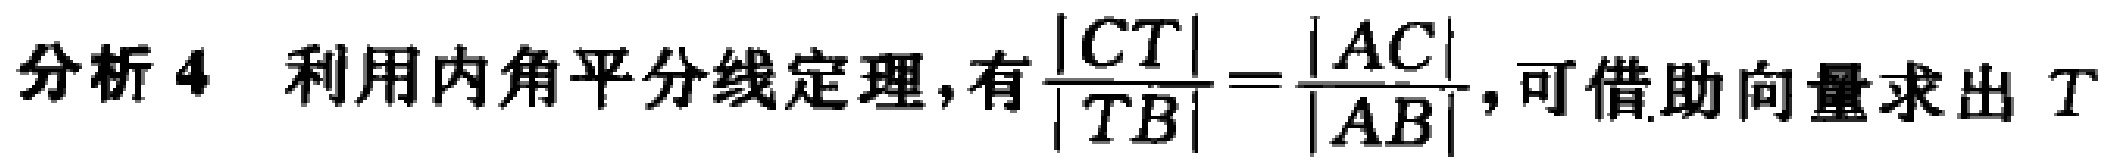
分析 4 利用内角平分线定理,有$\frac{|CT|}{|TB|}=\frac{|AC|}{|AB|}$,可借助向量求出$T$